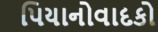
પિયાનોવાદકો